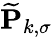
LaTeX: \mathbf{\widetilde{P}}_{k,\sigma}